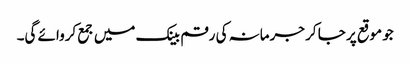
جو موقع پر جا کر جرمانہ کی رقم بینک میں جمع کروائے گی۔